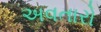
અવતારો